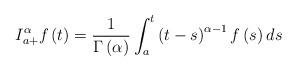
LaTeX: \begin{align*}I_{a+}^{\alpha }f\left( t\right) =\frac{1}{\Gamma \left( \alpha \right) }\int_{a}^{t}\left( t-s\right) ^{\alpha -1}f\left( s\right) ds\end{align*}